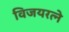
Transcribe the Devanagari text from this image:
विजयरत्ने